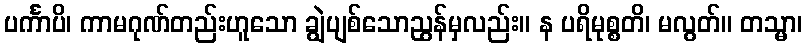
ပင်္ကာပိ၊ ကာမဂုဏ်တည်းဟူသော ချွဲပျစ်သောညွန်မှလည်း။ န ပရိမုစ္စတိ၊ မလွတ်။ တသ္မာ၊